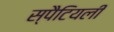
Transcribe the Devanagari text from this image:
स्पैटियली